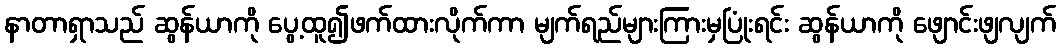
နာတာရှာသည် ဆွန်ယာကို ပွေ့ထူ၍ဖက်ထားလိုက်ကာ မျက်ရည်များကြားမှပြုံးရင်း ဆွန်ယာကို ဖျောင်းဖျလျက်